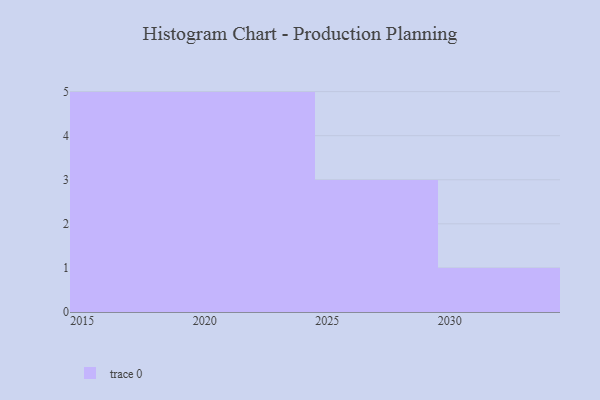
{"axis": {"x": "Year", "y": "Backlog"}, "legend": [""], "data": [{"x": "2025", "y": 91, "type": ""}, {"x": "2019", "y": 76, "type": ""}, {"x": "2024", "y": 93, "type": ""}, {"x": "2022", "y": 48, "type": ""}, {"x": "2027", "y": 15, "type": ""}, {"x": "2017", "y": 18, "type": ""}, {"x": "2029", "y": 21, "type": ""}, {"x": "2016", "y": 79, "type": ""}, {"x": "2015", "y": 91, "type": ""}, {"x": "2021", "y": 63, "type": ""}, {"x": "2018", "y": 2, "type": ""}, {"x": "2023", "y": 9, "type": ""}, {"x": "2030", "y": 35, "type": ""}, {"x": "2020", "y": 47, "type": ""}]}